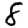
Digit: 8